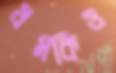
ধমকিও